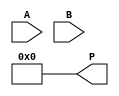
module dadda_multiplier #(parameter A_WIDTH = 4, B_WIDTH = 4, P_WIDTH = A_WIDTH + B_WIDTH) (
    input [A_WIDTH-1:0] A,
    input [B_WIDTH-1:0] B,
    output reg [P_WIDTH-1:0] P
);

    // Partial Product Generation
    wire [A_WIDTH * B_WIDTH - 1:0] partial_products [0:A_WIDTH-1];
    generate
        genvar i, j;
        for (i = 0; i < A_WIDTH; i = i + 1) begin : pp_gen
            for (j = 0; j < B_WIDTH; j = j + 1) begin : pp_gen_inner
                assign partial_products[i][j + (i * B_WIDTH)] = A[i] & B[j];
            end
        end
    endgenerate

    // Reduction Tree
    wire [A_WIDTH * B_WIDTH - 1:0] reduced_sums;
    wire [A_WIDTH * B_WIDTH - 1:0] reduced_carries;

    // 3:2 Compressor
    function [1:0] compress_3_2(input [2:0] in);
        compress_3_2 = {in[2] + in[1] + in[0], (in[2] + in[1] + in[0]) >> 1};
    endfunction

    // 2:2 Compressor
    function [1:0] compress_2_2(input [1:0] in, input carry_in);
        compress_2_2 = {in[1] + in[0] + carry_in, in[1] + in[0]};
    endfunction

    // Reduction Logic
    integer k;
    always @* begin
        // Initialize reduced sums and carries
        for (k = 0; k < A_WIDTH; k = k + 1) begin
            {reduced_carries[k], reduced_sums[k]} = compress_3_2({partial_products[k][0], partial_products[k][1], partial_products[k][2]});
        end

        // Further reductions would follow a similar pattern
        // More reduction stages would be added here as necessary

        // Final summation (simplified)
        P = 0; // Initialize product
        for (k = 0; k < A_WIDTH; k = k + 1) begin
            P = P + (reduced_sums[k] << k);
        end
    end

endmodule